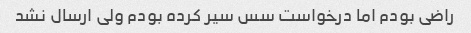
راضی بودم اما درخواست سس سیر کرده بودم ولی ارسال نشد